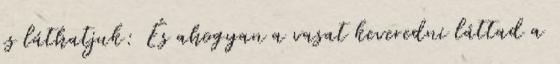
is láthatjuk: És ahogyan a vasat keveredni láttad a